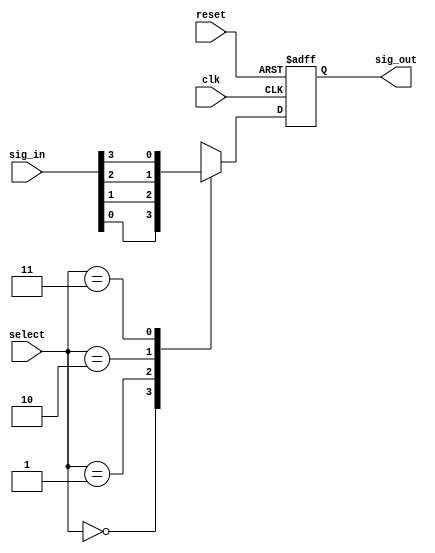
module probe_mux4_async
(
	input clk,
	input reset,

	input [1:0]select,

	input [3:0]sig_in,
	output reg sig_out
);
	always @(posedge clk or posedge reset)
	begin
		if (reset) sig_out <= 0;
		else
			case (select)
				0: sig_out <= sig_in[0];
				1: sig_out <= sig_in[1];
				2: sig_out <= sig_in[2];
				3: sig_out <= sig_in[3];
			endcase
	end
endmodule